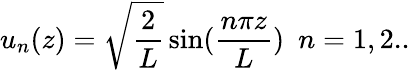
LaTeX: u_{n}(z)=\sqrt{\frac{2}{L}}\sin(\frac{n\pi z}{L})\, \, \, n=1,2..